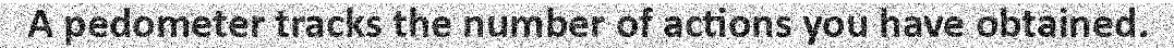
A pedometer tracks the number of actions you have obtained.